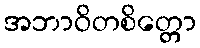
အဘာဝိတစိတ္တော